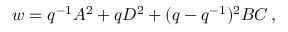
w = q ^ { - 1 } A ^ { 2 } + q D ^ { 2 } + ( q - q ^ { - 1 } ) ^ { 2 } B C \, ,